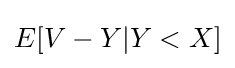
E[V-Y|Y<X]